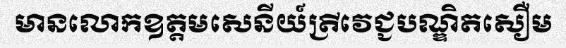
មានលោកឧត្តមសេនីយ៍ត្រីវេជ្ជបណ្ឌិតសឿម